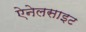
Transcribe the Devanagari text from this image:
ऐनेलसाइट